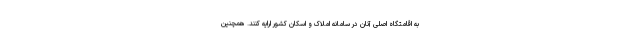
به اقامتگاه اصلی آنان در سامانه املاک و اسکان کشور ارایه کنند. همچنین